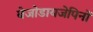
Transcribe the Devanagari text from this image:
बेजोडायजेपिनों